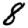
Digit: 8